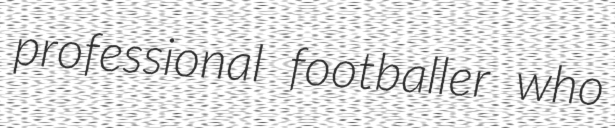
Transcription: professional footballer who